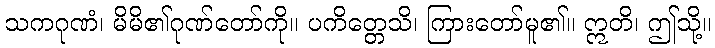
သကဂုဏံ၊ မိမိ၏ဂုဏ်တော်ကို။ ပကိတ္တေသိ၊ ကြားတော်မူ၏။ ဣတိ၊ ဤသို့။